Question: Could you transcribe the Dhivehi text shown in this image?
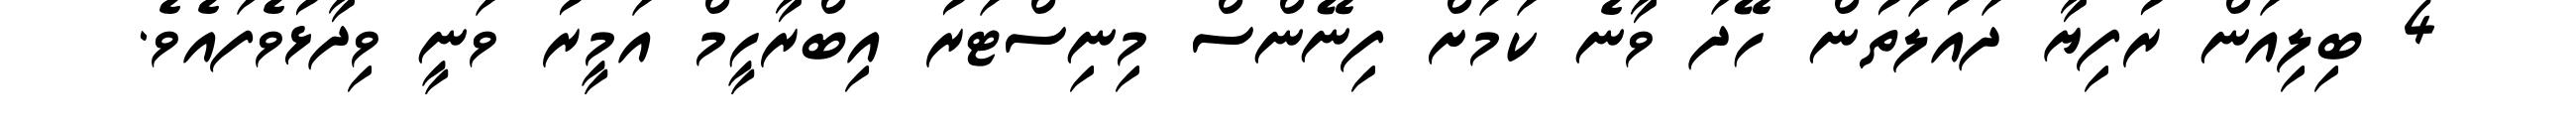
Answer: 4 ބިލިއަން ރުފިޔާ ދައުލަތުން ހޭދަ ވާނެ ކަމަށް ފިނޭންސް މިނިސްޓަރު އިބްރާހީމް އަމީރު ވަނީ ވިދާޅުވެފައެވެ.